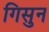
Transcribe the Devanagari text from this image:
गिसुन